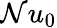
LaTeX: \mathcal{N}u_{0}